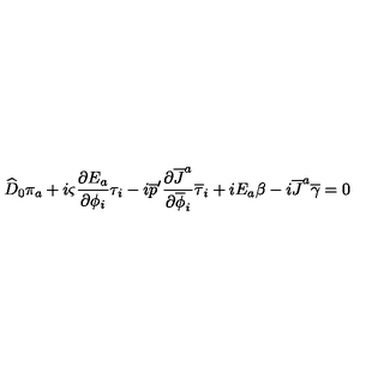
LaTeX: \widehat { D } _ { 0 } \pi _ { a } + i \varsigma { \frac { \partial E _ { a } } { \partial \phi _ { i } } } \tau _ { i } - i \overline { { p } } ^ { \prime } { \frac { \partial \overline { { J } } ^ { a } } { \partial \overline { { \phi } } _ { i } } } \overline { { \tau } } _ { i } + i E _ { a } \beta - i \overline { { J } } ^ { a } \overline { { \gamma } } = 0